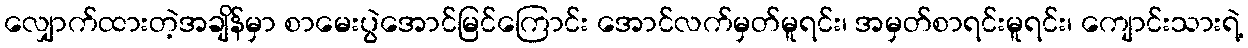
လျှောက်ထားတဲ့အချိန်မှာ စာမေးပွဲအောင်မြင်ကြောင်း အောင်လက်မှတ်မူရင်း၊ အမှတ်စာရင်းမူရင်း၊ ကျောင်းသားရဲ့